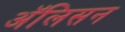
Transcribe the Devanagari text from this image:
अॅलिसन